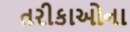
તરીકાઓના